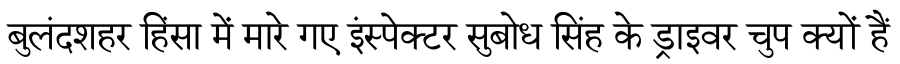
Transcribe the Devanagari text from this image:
बुलंदशहर हिंसा में मारे गए इंस्पेक्टर सुबोध सिंह के ड्राइवर चुप क्यों हैं